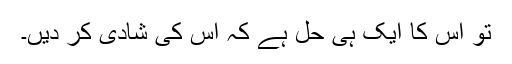
تو اس کا ایک ہی حل ہے کہ اس کی شادی کر دیں۔